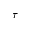
\tau